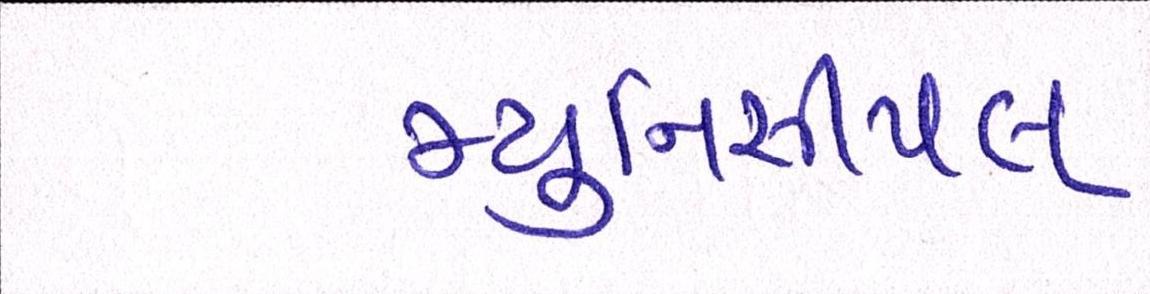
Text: મ્યુનિસીપલ